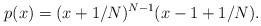
\begin{align*}p(x) = (x+1/N)^{N-1} (x-1+1/N).\end{align*}